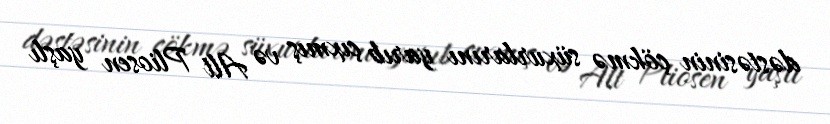
dəstəsinin çökmə süxurlarını yarıb çıxmış və Alt Pliosen yaşlı